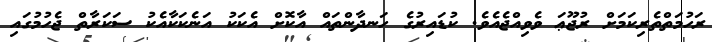
ރަހުމަތްތެރިކަމަށް ރުޖޫޢަ ވެވިއްޖެއެވެ. ކުޑައިރުގެ ހަނދާންތައް އާކޮށް އެކަކު އަނެކަކާއެކު ސަކަރާތް ޖެހުމުގައި